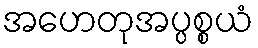
အဟေတုအပ္ပစ္စယံ